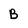
Character: B